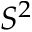
S ^ { 2 }